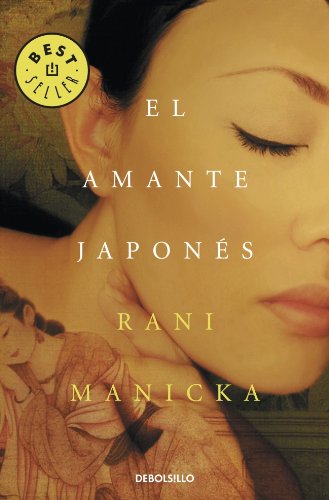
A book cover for El amante japonÃ©s / The Japanese Lover (Spanish Edition); Rani Manicka; Romance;